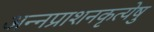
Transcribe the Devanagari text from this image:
अन्नप्राशनकृत्येषु